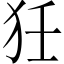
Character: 狅